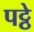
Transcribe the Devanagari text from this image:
पट्ठे